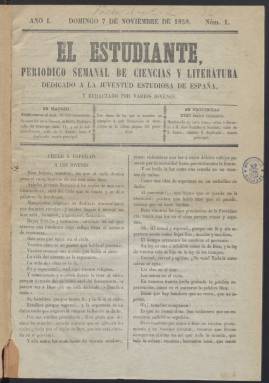
Título: El Estudiante (Madrid. 1858)
Colección: Revistas de información general
Ámbito geográfico: Madrid
Lugar de publicación: Madrid
Fechas: 07/10/1858-02/02/1859